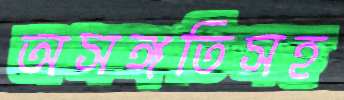
অসঙ্গতিসহ